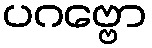
ပဂဗ္ဗော